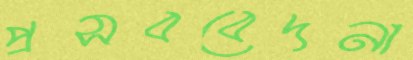
প্রসববেদনা